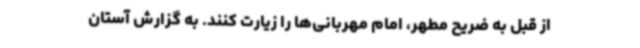
از قبل به ضریح مطهر، امام مهربانی‌ها را زیارت کنند. به گزارش آستان